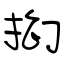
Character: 抝